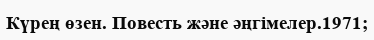
Күрең өзен. Повесть және әңгімелер.1971;